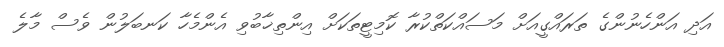
އަދި އަންހެނުންގެ ތަރައްގީއަށް މަސައްކަތްކުރާ ކޮމިޓީތަކަށް އިންތިޚާބުވި އެންމެހާ ކަނބަލުން ވެސް މާލެ